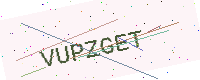
Text: VUPZGET